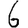
Digit: 6